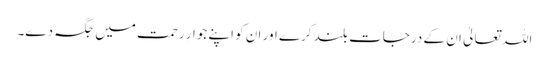
اللہ تعالیٰ ان کے درجات بلند کرے اور ان کو اپنے جوارِ رحمت میں جگہ دے۔